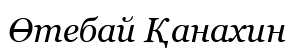
Өтебай Қанахин